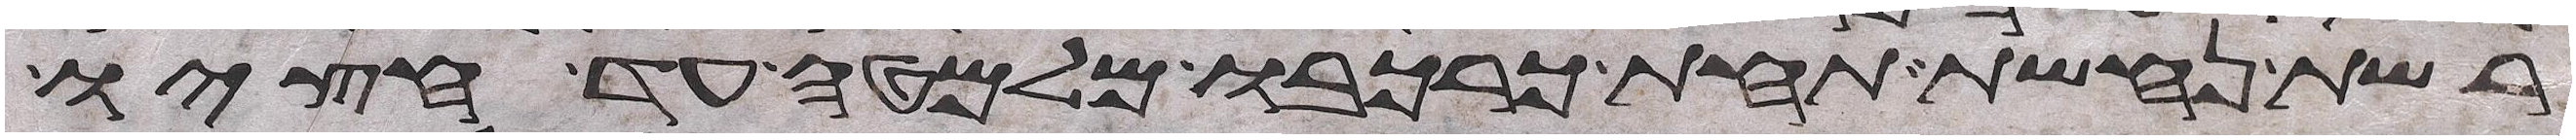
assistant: רשת נחשת תחת כרכבו מלמטה עד חציו